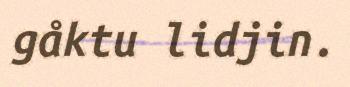
gåktu lidjin.